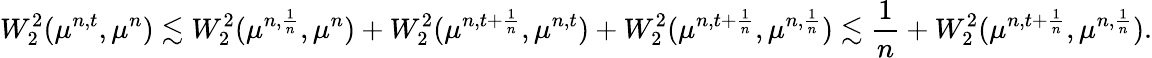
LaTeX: W_{2}^{2}(\mu^{n,t},\mu^{n})\lesssim W_{2}^{2}(\mu^{n,\frac{1}{n}},\mu^{n})+W_{2}^{2}(\mu^{n,t+\frac{1}{n}},\mu^{n,t})+W_{2}^{2}(\mu^{n,t+\frac{1}{n}},\mu^{n,\frac{1}{n}})\lesssim\frac{1}{n}+W_{2}^{2}(\mu^{n,t+\frac{1}{n}},\mu^{n,\frac{1}{n}}).